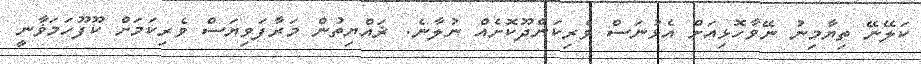
ކަލޭނޭ ތިޔާމިނު ނޭވާހޮޅިއަށް އެޅުނަސް ވެރިކަންދޫކޮށެއް ނުލާނެ. ޜައްޔިތުން މަރާފަވިޔަސް ވެރިކަމަށް ކޫފޫހަމަޥާނީ